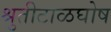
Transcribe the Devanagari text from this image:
श्रुतीटाळघोष